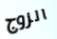
الزوج